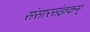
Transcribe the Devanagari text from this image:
संसारसंज्ञकम्